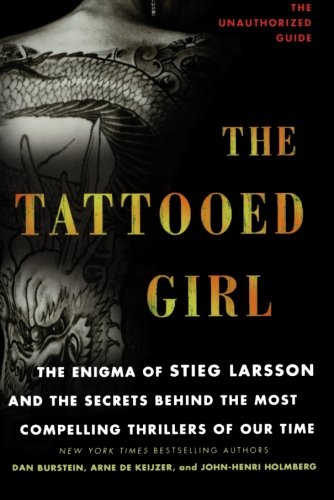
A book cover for The Tattooed Girl: The Enigma of Stieg Larsson and the Secrets Behind the Most Compelling Thrillers of Our Time; Dan Burstein; Mystery, Thriller & Suspense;